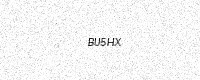
Text: BU5HX